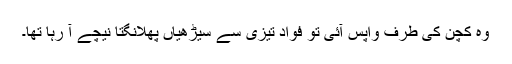
وہ کچن کی طرف واپس آئی تو فواد تیزی سے سیڑھیاں پھلانگتا نیچے آ رہا تھا۔